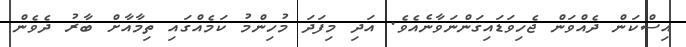
އިސްކަން ދެއްވަން ޖެހިވަޑައިގަންނަވާނެއެވެ. އަދި މިފަދަ މުހިންމު ކަމެއްގައި ތިމާއާށް ބާރު ދެވެން